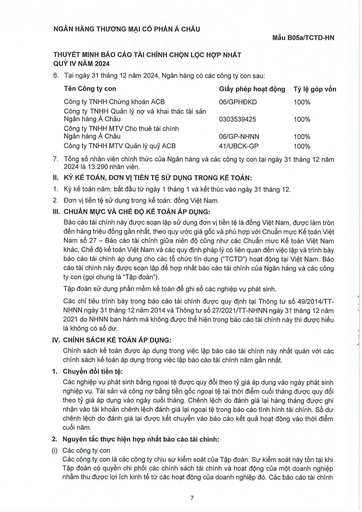
|Tên Công ty con|Giấy phép hoạt động|Tỷ lệ góp vốn| |---|---|---| |Công ty TNHH Chứng khoán ACB|06/GPHDKD|100%| |Công ty TNHH Quản lý Nợ và Khai thác Tài sản Ngân hàng Á Châu|0303539425|100%| |Công ty TNHH MTV Cho thuê Tài chính Ngân hàng Á Châu|06/GP-NHNN|100%| |Công ty TNHH MTV Quản lý Quỹ ACB|41/UBCK-GP|100%|